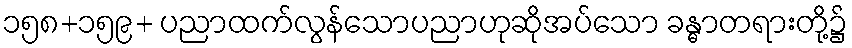
၁၅၈+၁၅၉+ ပညာထက်လွန်သောပညာဟုဆိုအပ်သော ခန္ဓာတရားတို့၌